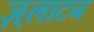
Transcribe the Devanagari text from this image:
ज़्लाटन